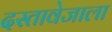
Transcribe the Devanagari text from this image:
दस्तावेजाला